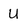
Character: U